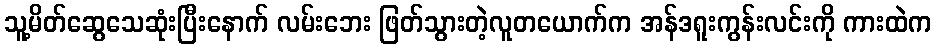
သူ့မိတ်ဆွေသေဆုံးပြီးနောက် လမ်းဘေး ဖြတ်သွားတဲ့လူတယောက်က အန်ဒရူးကွန်းလင်းကို ကားထဲက